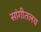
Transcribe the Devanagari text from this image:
सांगीतलय